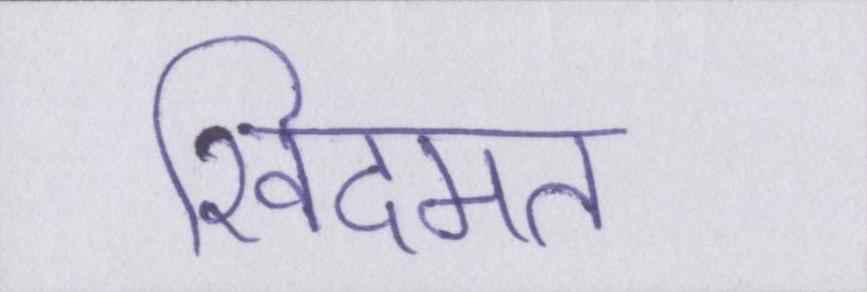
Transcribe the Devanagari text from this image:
खिदमत